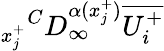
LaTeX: {_{x_{j}^{+}}}^{C}D_{\infty}^{\alpha(x_{j}^{+})}\overline{{U_{i}^{+}}}